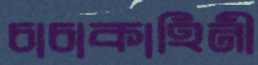
চাচাকাহিনী